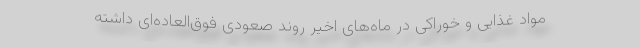
مواد غذایی و خوراکی در ماه‌های اخیر روند صعودی فوق‌العاده‌ای داشته